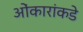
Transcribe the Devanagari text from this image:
ओंकारांकडे